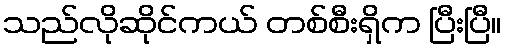
သည်လိုဆိုင်ကယ် တစ်စီးရှိက ပြီးပြီ။